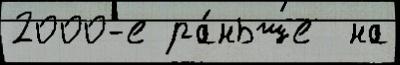
2000-е ра́ньше  на